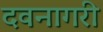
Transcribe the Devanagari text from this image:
दवनागरी